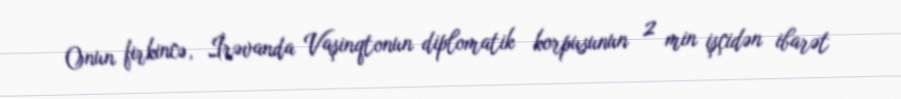
Onun firkincə, İrəvanda Vaşinqtonun diplomatik korpusunun 2 min işçidən ibarət